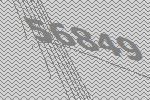
56849